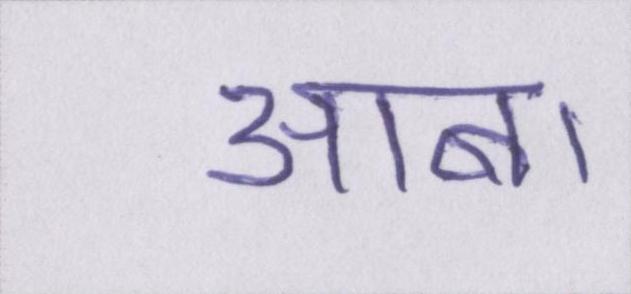
आबा